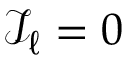
\mathcal { I } _ { \ell } = 0